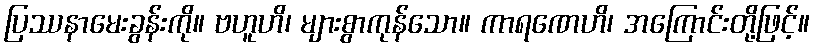
ပြဿနာမေးခွန်းကို။ ဗဟူဟိ၊ များစွာကုန်သော။ ကာရဏေဟိ၊ အကြောင်းတို့ဖြင့်။